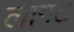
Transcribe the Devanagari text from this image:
लागट